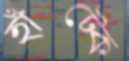
হাঁট্‌কে